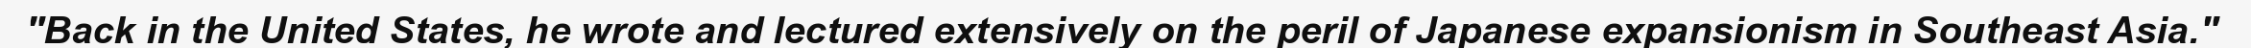
"Back in the United States, he wrote and lectured extensively on the peril of Japanese expansionism in Southeast Asia."